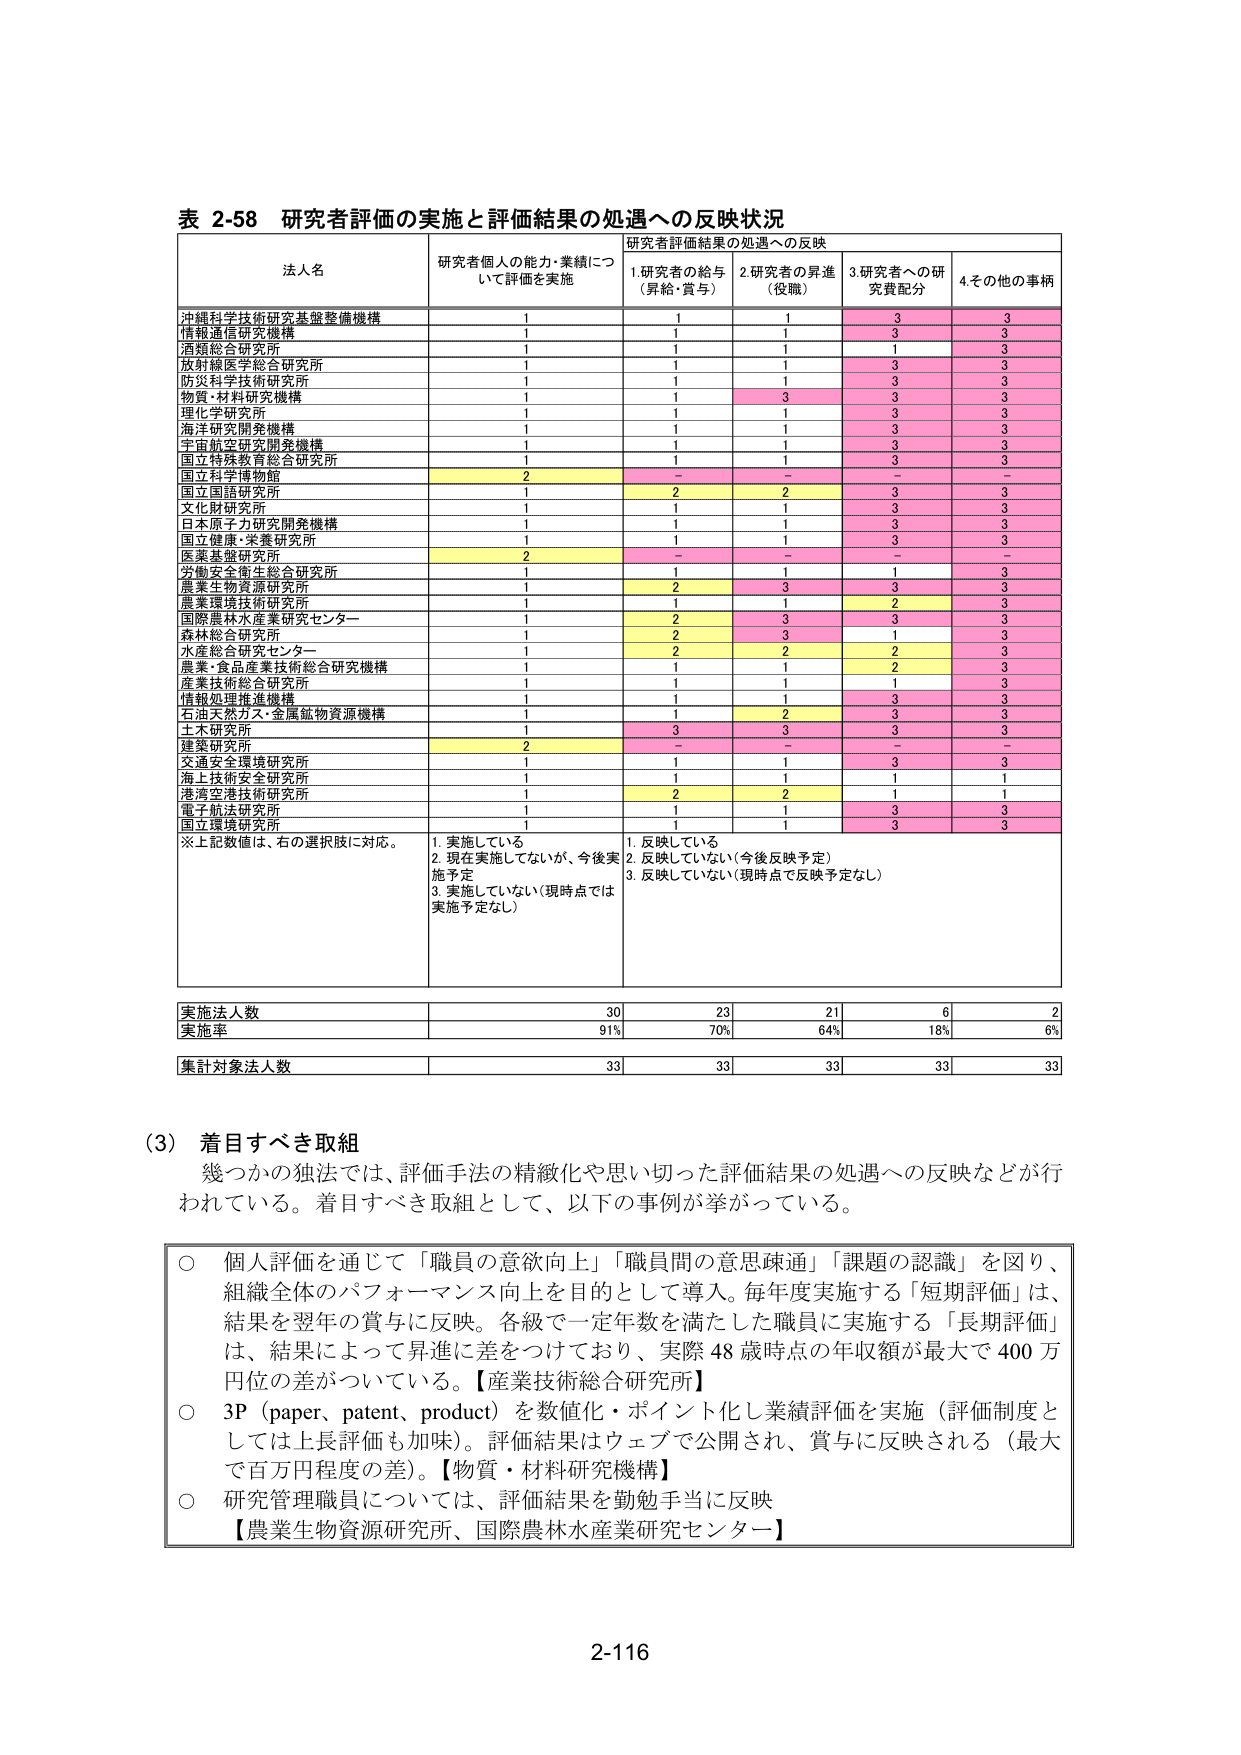
表 2-58 研究者評価の実施と評価結果の処遇への反映状況

法人名 研究者個人の能力・業績について評価を実施 研究者評価結果の処遇への反映
1.研究者の給与（昇給・賞与） 2.研究者の昇進（役職） 3.研究者への研究費配分 4.その他の事柄

沖縄科学技術研究基盤整備機構 1 1 1 3 3
情報通信研究機構 1 1 1 3 3
酒類総合研究所 1 1 1 1 3
放射線医学総合研究所 1 1 1 3 3
防災科学技術研究所 1 1 1 3 3
物質・材料研究機構 1 1 3 3 3
理化学研究所 1 1 1 3 3
海洋研究開発機構 1 1 1 3 3
宇宙航空研究開発機構 1 1 1 3 3
国立特殊教育総合研究所 1 1 1 3 3
国立科学博物館 2 - - - -
国立国語研究所 1 2 2 3 3
文化財研究所 1 1 1 3 3
日本原子力研究開発機構 1 1 1 3 3
国立健康・栄養研究所 1 1 1 3 3
医薬基盤研究所 2 - - - -
労働安全衛生総合研究所 1 1 1 1 3
農業生物資源研究所 1 2 3 3 3
農業環境技術研究所 1 1 1 2 3
国際農林水産業研究センター 1 2 3 3 3
森林総合研究所 1 2 3 1 3
水産総合研究センター 1 2 2 2 3
農業・食品産業技術総合研究機構 1 1 1 2 3
産業技術総合研究所 1 1 1 1 3
情報処理推進機構 1 1 1 3 3
石油天然ガス・金属鉱物資源機構 1 1 2 3 3
土木研究所 1 3 3 3 3
建築研究所 2 - - - -
交通安全環境研究所 1 1 1 3 3
海上技術安全研究所 1 1 1 1 1
港湾空港技術研究所 1 2 2 1 1
電子航法研究所 1 1 1 3 3
国立環境研究所 1 1 1 3 3

※上記数値は、右の選択肢に対応。
1. 実施している 1. 反映している
2. 現在実施しているが、今後実施予定 2. 反映していない（今後反映予定）
3. 実施していない（現時点では実施予定なし） 3. 反映していない（現時点で反映予定なし）

実施法人数 30 23 21 6 2
実施率 91% 70% 64% 18% 6%

集計対象法人数 33 33 33 33 33

(3) 着目すべき取組
幾つかの独法では、評価手法の精緻化や思い切った評価結果の処遇への反映などが行われている。着目すべき取組として、以下の事例が挙がっている。

○ 個人評価を通じて「職員の意欲向上」「職員間の意思疎通」「課題の認識」を図り、組織全体のパフォーマンス向上を目的として導入。毎年度実施する「短期評価」は、結果を翌年の賞与に反映。各級で一定年数を満たした職員に実施する「長期評価」は、結果によって昇進に差をつけており、実際48歳時点の年収額が最大で400万円位の差がついている。【産業技術総合研究所】

○ 3P（paper、patent、product）を数値化・ポイント化し業績評価を実施（評価制度としては上長評価も加味）。評価結果はウェブで公開され、賞与に反映される（最大で百万円程度の差）。【物質・材料研究機構】

○ 研究管理職員については、評価結果を勤勉手当に反映
【農業生物資源研究所、国際農林水産業研究センター】

2-116